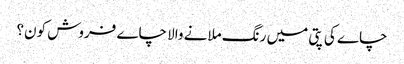
چاے کی پتی میں رنگ ملانے والا چاے فروش کون؟